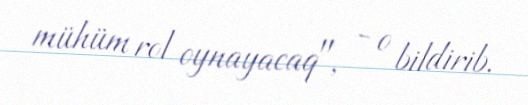
mühüm rol oynayacaq", - o bildirib.